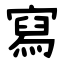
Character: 寫